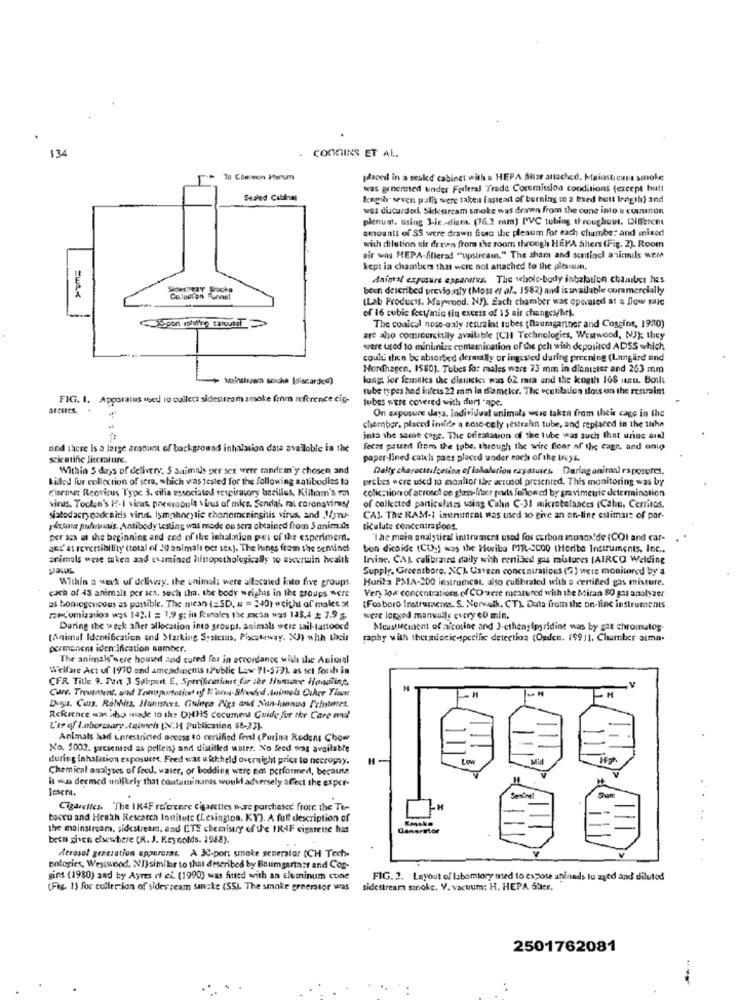
134
. COGGINS ET AL.
To Common Htenum
placed in a sealed cabinet with a HEPA Autor attached. Meiosticum smoke
was generated under Forferal Trede Coremission conditions (except tuti
Seufed Cabinag
kugih- seven puffs were taken instead of burning to a Bred butt length) and
was discarded. Sickestream smoke was drawn from the cone into a cuinon
plenum. using J-ic .- diam. (76.2 mm] PVC tubing throughout. Different
amounts of SS were drawn foro thre plenum for each chamber and mixed
with dilution alt dr van from the room through HEPA ähters (Fig. 2). Room
air was HEPA-filierad "upstreamn." The sham and sentinel a simuls were
kept in chambers that were not attached to the plesium,
Animal exposure apparatus. The whole-body inhalation chamber has
been described previoussly (Moss et al ., 1582) and is available commercially
(Lab Products. Maywood. NI). Each chamber was operated at a Slow palle
of 16 cubic feet/min tin excess of 15 air changes/brl.
The conical nose-oaly restraint tubes (Baumgartner and Coggins, 1920)
are also commercially available [C]] Technologies, Westwood, NJ; they
were used to mininize contamination of the pelt with deposited ADSS which
could than be absorbed dermally or ingested during preening (Lingard and
Nordhagen, 1580]. Tubes for males ware 73 mm in dionister and 263 mm
Meinstszara smoke [discarded)
long. for femnies the diaukkei was 62 rara and the kogth 168 Itu. Boull
tube types had infess 22 mm in diameter. The ventilation stoss on the restraint
FIG. 1. Apparatus soed io culleci sidestream smoke from reference cis-
tubes were covered with dur -npe.
arches. .
On exposure dass, Individual unimols wesc taken from theis cage in the
chamber, placed invite a Bose-coly sestralin tube, and replaced in the the
into the same cage. The oriealation of the tube was such that urine and
and there is a large amount of backgromad inhalation data available in the
fecas passed from the tube. through the wire floor of the cage, and onto
scientific literature.
paper-lined catch pass placed woder each of the trys.
Within 5 days of delivery. 5 animals per sex were tandem'y chosen and
Dalty characitilcation of inhalation expatwies. During animal ra posures.
killed for collection of sera, which was tested for the following satibodies to
probes were used 10 moalior Ihre acrusol presented. This monitoring was by
Ciaravet Reovirus Type 3. cilia associated respiratory bacilles, Kilham's mos
colicction of acroset on glass-fiber povls followed by gravimetric determination
vings. Toclen's P-I virus, paesinoonla virus of mice. Sendai. fal coronavirus!
of collected particulasss using Cahn C-31 microbelances (Cahn. Cerritos.
sialodacrycodesitis virus. lymphocytic choriomeningitis virus, and 1yn-
CAJ. The RAM-1 instrument was used to give an on-line estimait of par-
pitana pufumais. Antibody testing was mode on sera obtained from 5 animais
ticulate concentrapions.
per sea at the beginning and end of the ichal.niun part of the experiment.
"The mein analytical instrument used for cerbon mundx'de (COI and car-
aec at reversibility (total of 10 animals per sex). The huings from the seminel
bon dicaide (CO.] was the Horibo MIR-200Q (Horita Instruments, Inc ..
animals were taken and examined histopathologically to excurwin health
Invine. CAL calibrated daily with ceniacd gas mistures (AIRCO Welding
Supply, Greensboro. NC). Usteen concentrations (7) were monitored by a
Within a week of delivery. the unimal: were allocated into five groups
Hurita PSIA-200 instrumcat, also culibraled with a certified gas misture.
cach of 48 animals per sex, such thu. the body wrighis in the groups were
Very low concentrations of CO were measured with the Miran 80 gas analyzer
as bomogenicoes as possible. The mean (=SD, a = 340) weicht af males at
(Foxboro Instruments. S. Norwalk. CT) Data from the on-line instruments
EMmission was 142.1 = 1,9g; in females the zan nos 138.4 7.9g
were logged manualle curry +0 min.
During the a eck aller allocation into groups. animals were tail-tattoocd
Meustiecient of a corine and 3-ethenylpyridine was by gas chromatos.
tanimul Identification and Marking Systems, Piscataway. XI) with their
raphy with thermiocic-specific detection (Opden. 19911. Chamber aimo-
permanent identification number.
The animals were housed and cured for in accordance with the Amicrel
Welfare Act of 1970 and amcadments IPublic Law 91-579) as set forth in
CFR Title 9. Tant 3 Subport E, Specificmint fr ite Humor Handling,
Care. Trewtotent. and Transportation nf E'or-Shredrd .Animols Other Than
. H
V
Rekrence was aho made to the DHHS document Guide for the Care and'
L'as of laborcury .taintels [N.H Publication, 86-23).
Animals had unrestricted access to certified fer (Purina Redons Chow
No. 5002. presented as pelleis) and distilled water. No feed was available
during inhalation exposures. Feed was withheld overnight prior to necrowsy.
H
Chemical analyses of fred. water, or bedding were not performed, because
it wuo deemed nolikely that contaminunas would adversely affect the exper-
iment.
Cigarettes. "The IK4F referenre cigarettes where purchased from the To-
bocco and Heath Research Institute (Lexington. KY). A full description of
the mainstream, sidestream, end ETS chemistry of the IR4F cigarette has
Uanerror
been given elsewhere (R. J. Reynolds. 1988).
Aerosol generation apparuras. A 3C-port smoke generalar (CH Tech-
nologies, Westwood. NI)similar to that described by Baumgartner and Cor-
gins (1980) and by Ayres et al. (1990) was fitted with an aluminum cune
FIG. 2. Layout of Iabomtory used to expose anininds lu ayed and diluted
(Fig. 1) for cullerion of sidestream Smake (SS). The smoke generstor was
sidestream smoke. V. vacuum: H. HEPA Ster.
2501762081
...